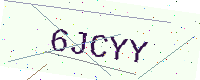
Text: 6JCYY